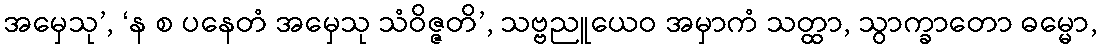
အမှေသု’, ‘န စ ပနေတံ အမှေသု သံဝိဇ္ဇတိ’, သဗ္ဗညူယေဝ အမှာကံ သတ္ထာ, သွာက္ခာတော ဓမ္မော,